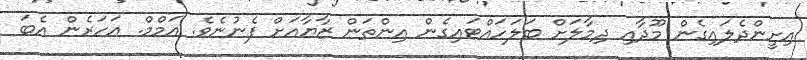
އިށީންދެލައިގެން މޫދާއި ދިމާލަށް ބަލަހައްޓައިގެން އިންތަން ޒާޔާއަށް ފެނުނެވެ. އަމްމް. އަހަރެން އެބަ